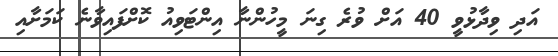
އަދި ވިދާޅުވީ 40 އަށް ވުރެ ގިނަ މީހުންނާ އިންޓަވިއު ކޮށްފައިވާނެ ކަމަށާއި